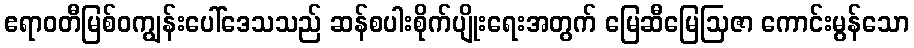
ဧရာဝတီမြစ်ဝကျွန်းပေါ်ဒေသသည် ဆန်စပါးစိုက်ပျိုးရေးအတွက် မြေဆီမြေဩဇာ ကောင်းမွန်သော